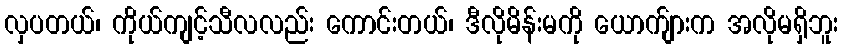
လှပတယ်၊ ကိုယ်ကျင့်သီလလည်း ကောင်းတယ်၊ ဒီလိုမိန်းမကို ယောက်ျားက အလိုမရှိဘူး